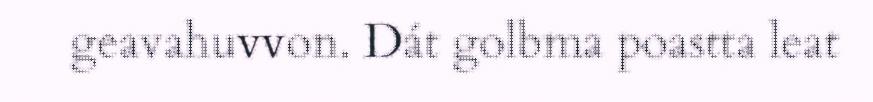
geavahuvvon. Dát golbma poastta leat